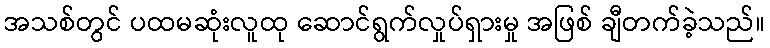
အသစ်တွင် ပထမဆုံးလူထု ဆောင်ရွက်လှုပ်ရှားမှု အဖြစ် ချီတက်ခဲ့သည်။